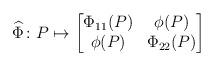
LaTeX: \begin{align*} \widehat \Phi \colon P \mapsto \begin{bmatrix} \Phi_{11}(P) & \phi(P) \\ \phi(P) & \Phi_{22}(P) \end{bmatrix}\end{align*}